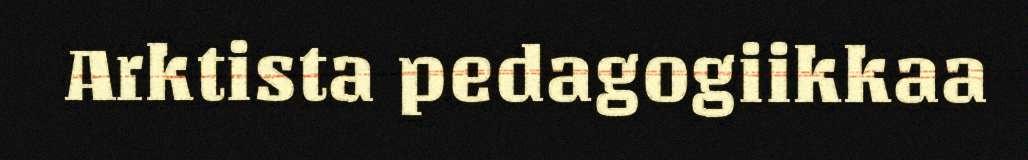
Arktista pedagogiikkaa